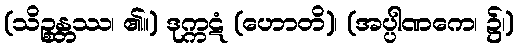
(သိဉ္စန္တ္တဿ၊ ၏။) ဒုက္ကဋံ (ဟောတိ)၊ (အပ္ပါဏကေ၊ ၌၊)